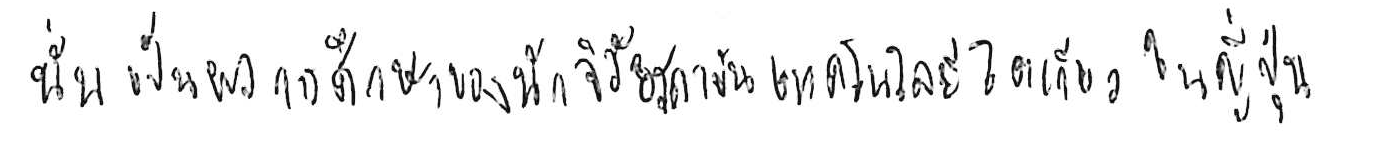
นั่นเป็นผลการศึกษาของนักวิจัยสถาบันเทคโนโลยีโตเกียว ในญี่ปุ่น